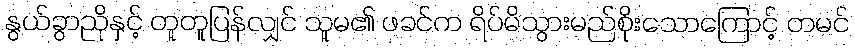
နွယ်ခွာညိုနှင့် တူတူပြန်လျှင် သူမ၏ ဖခင်က ရိပ်မိသွားမည်စိုးသောကြောင့် တမင်